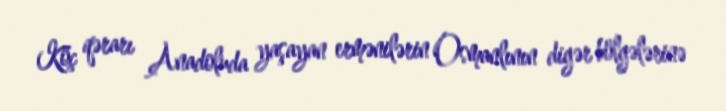
Köç qərarı Anadoluda yaşayan ermənilərin Osmanlının digər bölgələrinə